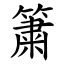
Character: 簘